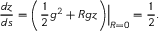
\frac { d z } { d s } = \Bigl . \left( \frac { 1 } { 2 } g ^ { 2 } + R g z \right) \Bigr | _ { R = 0 } = \frac { 1 } { 2 } .